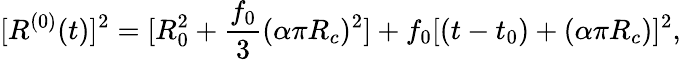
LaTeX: [R^{(0)}(t)]^{2}=[R_{0}^{2}+\frac{f_{0}}{3}(\alpha\pi R_{c})^{2}]+f_{0}[(t-t_{0})+(\alpha\pi R_{c})]^{2},